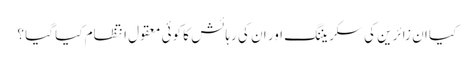
کیا ان زائرین کی سکریننگ اور ان کی رہائش کا کوئی معقول انتظام کیا گیا ؟